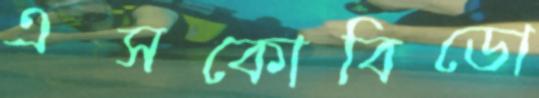
এসকোবিডো